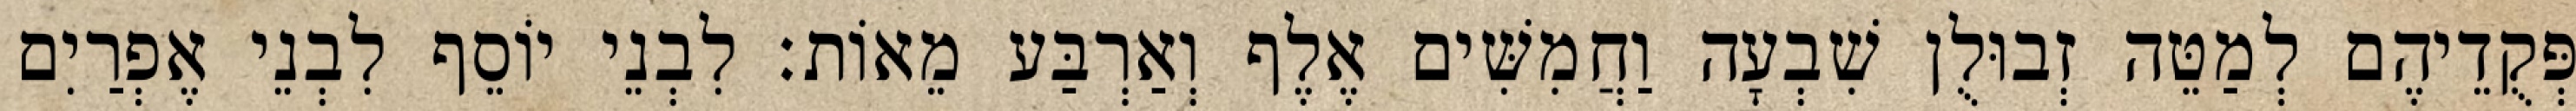
פְּקֻדֵיהֶם לְמַטֵּה זְבוּלֻן שִׁבְעָה וַחֲמִשִּׁים אֶלֶף וְאַרְבַּע מֵאוֹת׃ לִבְנֵי יוֹסֵף לִבְנֵי אֶפְרַיִם